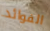
الفوائد